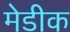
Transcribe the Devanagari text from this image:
मेडीक